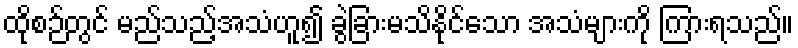
ထိုစဉ်တွင် မည်သည့်အသံဟူ၍ ခွဲခြားမသိနိုင်သော အသံများကို ကြားရသည်။